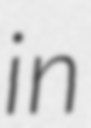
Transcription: in